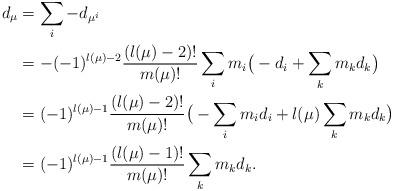
LaTeX: \begin{align*}d_\mu&=\sum_i -d_{\mu^i}\\ &=-(-1)^{l(\mu)-2}\frac{(l(\mu)-2)!}{m(\mu)!}\sum_i m_i\big(-d_i+\sum_k m_k d_k\big)\\ &=(-1)^{l(\mu)-1}\frac{(l(\mu)-2)!}{m(\mu)!}\big(-\sum_i m_id_i+l(\mu)\sum_k m_k d_k\big)\\ &=(-1)^{l(\mu)-1}\frac{(l(\mu)-1)!}{m(\mu)!}\sum_k m_k d_k.\end{align*}